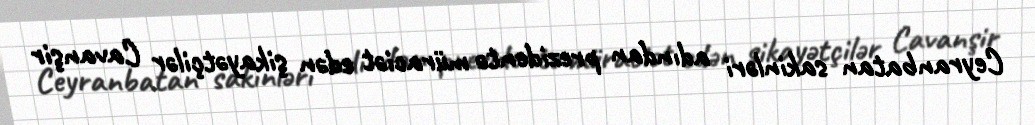
Ceyranbatan sakinləri adından prezidentə müraciət edən şikayətçilər Cavanşir